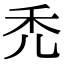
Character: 秃